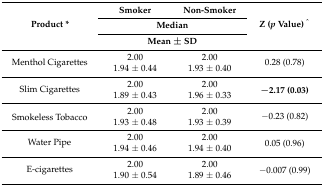
<table><thead><tr><td rowspan="3"><b>Product *</b></td><td><b>Smoker</b></td><td><b>Non-Smoker </b></td><td rowspan="3"><b>Z (<i>p</i> Value) <sup>^</sup></b></td></tr><tr><td colspan="2"><b>Median</b></td></tr><tr><td colspan="2"><b>Mean ± SD</b></td></tr></thead><tbody><tr><td rowspan="2">Menthol Cigarettes</td><td>2.00</td><td>2.00</td><td rowspan="2">0.28 (0.78)</td></tr><tr><td>1.94 ± 0.44</td><td>1.93 ± 0.40</td></tr><tr><td rowspan="2">Slim Cigarettes </td><td>2.00</td><td>2.00</td><td rowspan="2"><b>−2.17 (0.03)</b></td></tr><tr><td>1.89 ± 0.43</td><td>1.96 ± 0.33</td></tr><tr><td rowspan="2">Smokeless Tobacco</td><td>2.00</td><td>2.00</td><td rowspan="2">−0.23 (0.82)</td></tr><tr><td>1.93 ± 0.48</td><td>1.93 ± 0.39</td></tr><tr><td rowspan="2">Water Pipe </td><td>2.00</td><td>2.00</td><td rowspan="2">0.05 (0.96)</td></tr><tr><td>1.94 ± 0.46</td><td>1.94 ± 0.40</td></tr><tr><td rowspan="2">E-cigarettes</td><td>2.00</td><td>2.00</td><td rowspan="2">−0.007 (0.99)</td></tr><tr><td>1.90 ± 0.54</td><td>1.89 ± 0.46</td></tr></tbody></table>